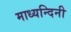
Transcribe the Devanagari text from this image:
माध्यन्दिनी